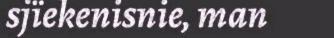
sjïekenisnie, man